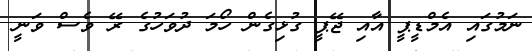
ނަމުގައި އެމްޑީޕީ އާއި ޖޭޕީ ގުޅިގެން ހޯމަ ދުވަހުގެ ރޭ ވެސް ވަނީ